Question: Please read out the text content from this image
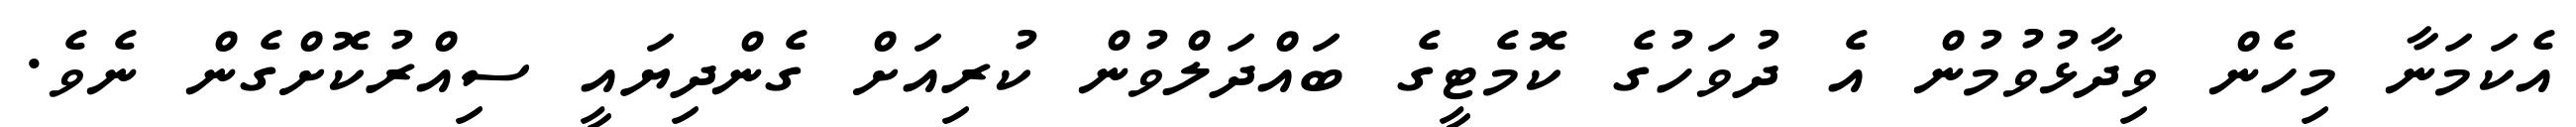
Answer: އެކަމަނާ މިހެން ވިދާޅުވުމުން އެ ދުވަހުގެ ކޮމެޓީގެ ބައްދަލްވުން ކުރިއަށް ގެންދިޔައީ ސިއްރުކޮށްގެން ނެވެ.